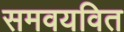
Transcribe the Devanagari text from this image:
समवयवित